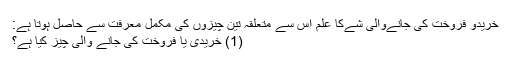
خریدو فروخت کی جانےوالی شےکا علم اُس سے متعلقہ تین چیزوں کی مکمل معرفت سے حاصل ہوتا ہے:
(1) خریدی یا فروخت کی جانے والی چیز کیا ہے؟